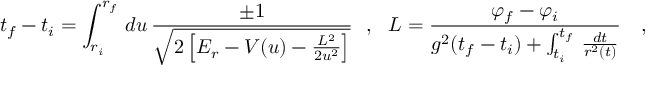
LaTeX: t _ { f } - t _ { i } = \int _ { r _ { i } } ^ { r _ { f } } \, d u \, \frac { \pm 1 } { \sqrt { 2 \left[ E _ { r } - V ( u ) - \frac { L ^ { 2 } } { 2 u ^ { 2 } } \right] } } \ \ , \ \ L = \frac { \varphi _ { f } - \varphi _ { i } } { g ^ { 2 } ( t _ { f } - t _ { i } ) + \int _ { t _ { i } } ^ { t _ { f } } \, \frac { d t } { r ^ { 2 } ( t ) } } \ \ \ ,